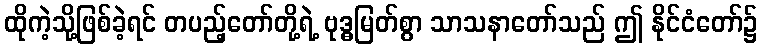
ထိုကဲ့သို့ဖြစ်ခဲ့ရင် တပည့်တော်တို့ရဲ့ ဗုဒ္ဓမြတ်စွာ သာသနာတော်သည် ဤ နိုင်ငံတော်၌